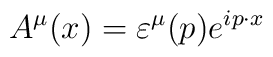
A^{\mu}(x) = \varepsilon^{\mu}(p) e^{ip \cdot x}